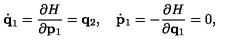
\dot { \bf q } _ { 1 } = { \frac { \partial H } { \partial { \bf p } _ { 1 } } } = { \bf q } _ { 2 } , \quad \dot { \bf p } _ { 1 } = - { \frac { \partial H } { \partial { \bf q } _ { 1 } } } = 0 ,